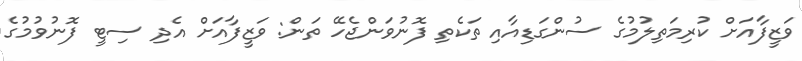
ވަޒީފާއަށް ކުރިމަތިލުމުގެ ސުންގަޑިއާއި ތަކެތި ފޮނުވަންޖެހޭ ތަން: ވަޒީފާއަށް އެދި ސިޓީ ފޮނުވުމުގެ